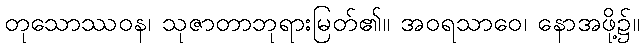
တုသောဿဝန၊ သုဇာတာဘုရားမြတ်၏။ အဝရသာဝေ၊ နောအဖို့၌။